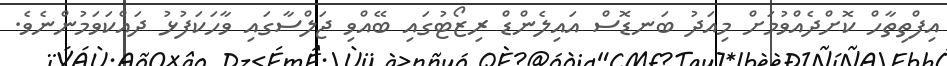
އިފްތިތާހް ކޮށްދެއްވުމަށް މިއަދު ބަނޑޮސް އައިލެންޑް ރިޒޯޓުގައި ބޭއްވި ޖަލްސާގައި ވާހަކަފުޅު ދައްކަވަމުންނެވެ.